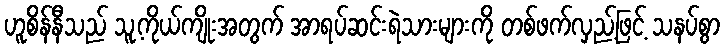
ဟူစိန်နီသည် သူ့ကိုယ်ကျိုးအတွက် အာရပ်ဆင်းရဲသားများကို တစ်ဖက်လှည့်ဖြင့် သနပ်စွာ